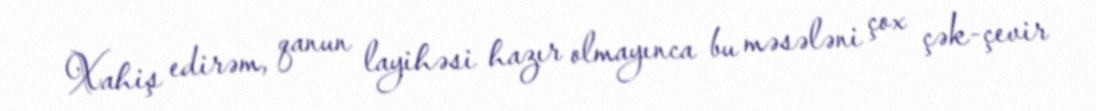
Xahiş edirəm, qanun layihəsi hazır olmayınca bu məsələni çox çək-çevir